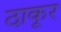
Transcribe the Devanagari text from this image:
ठा़कूर